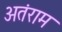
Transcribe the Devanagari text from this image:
अतंराम